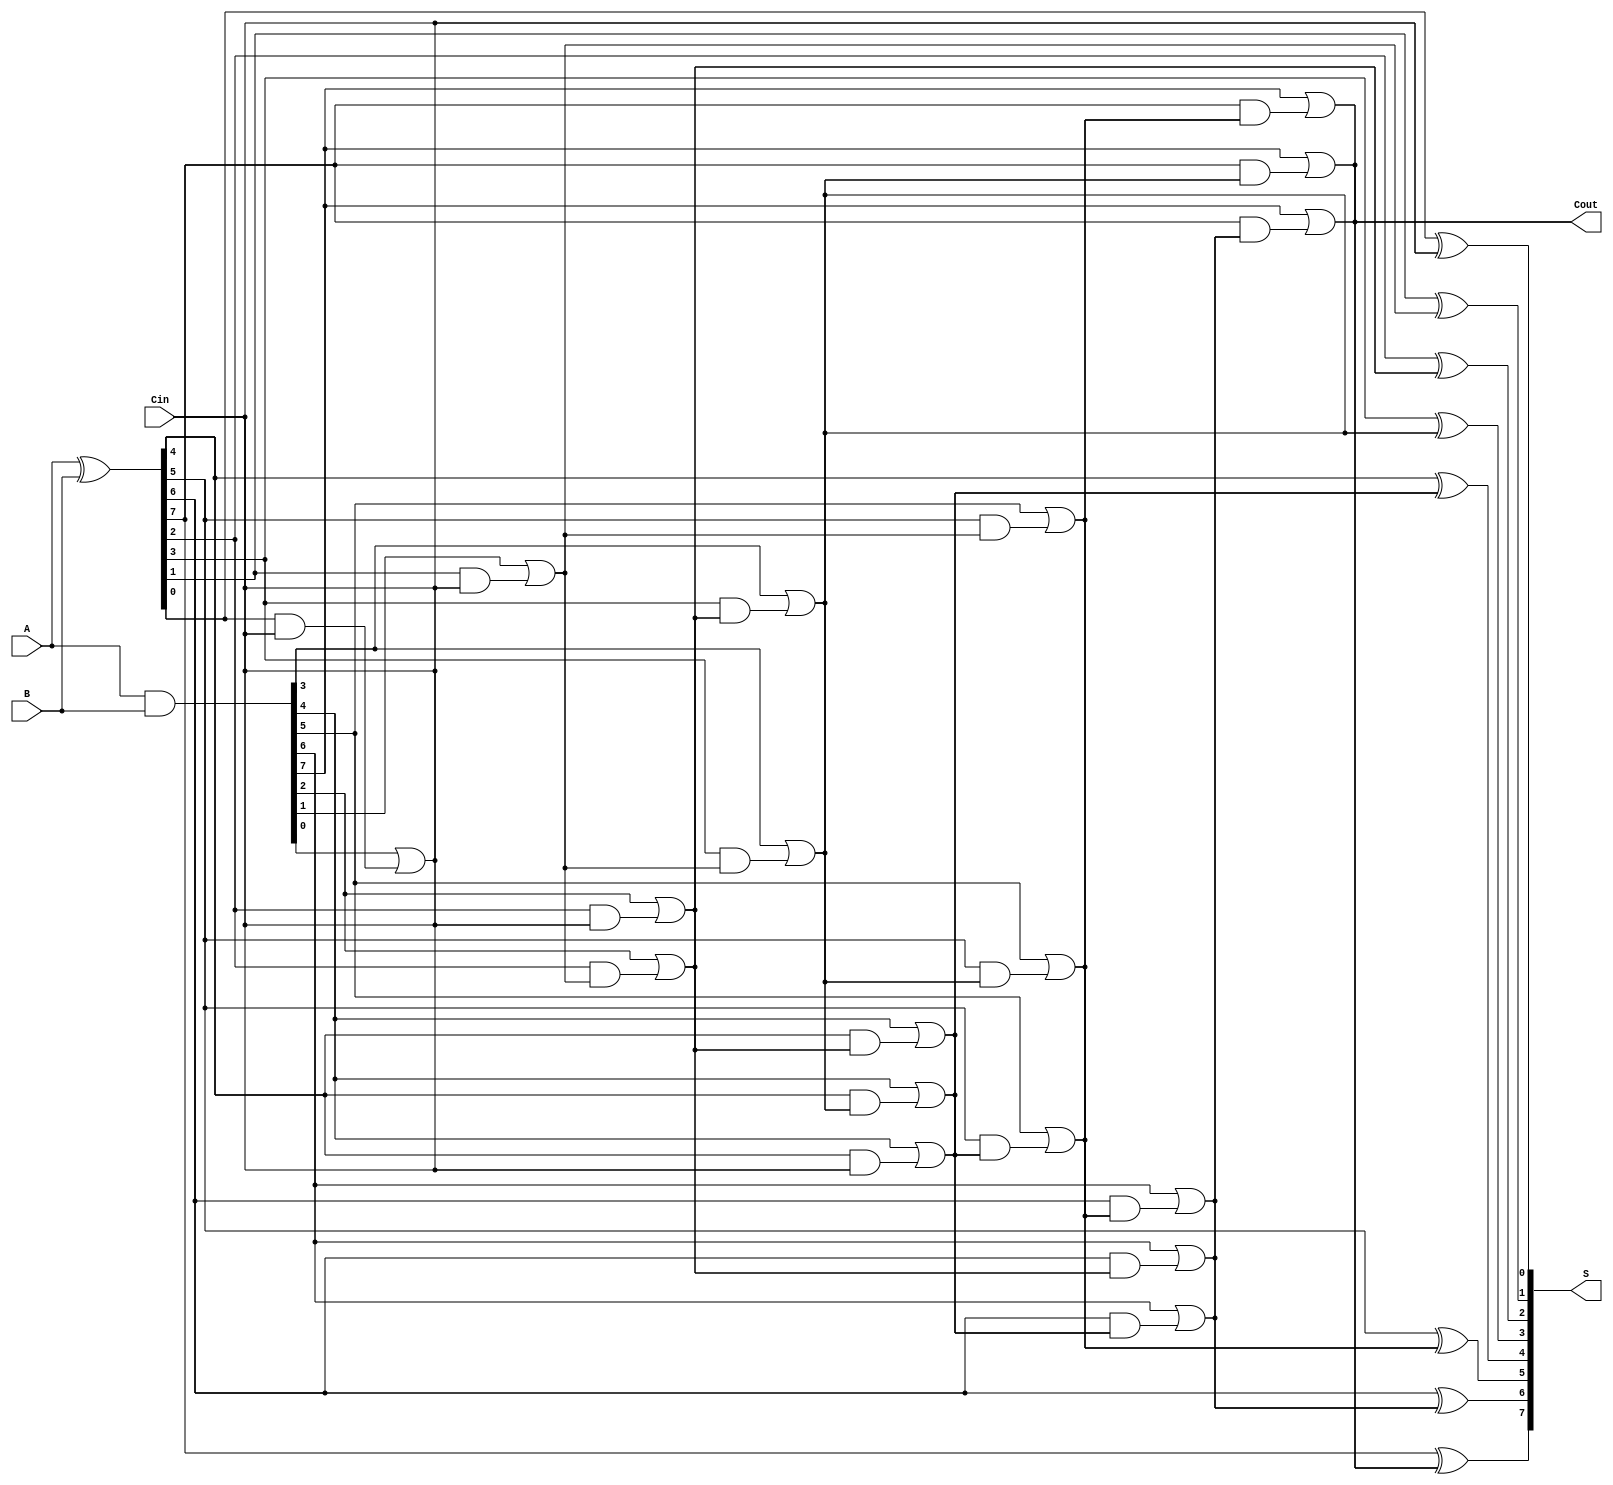
module KoggeStoneAdder #(parameter N = 8) (
    input [N-1:0] A,
    input [N-1:0] B,
    input Cin,
    output [N-1:0] S,
    output Cout
);

    // Generate and Propagate signals
    wire [N-1:0] G; // Generate
    wire [N-1:0] P; // Propagate
    wire [N:0] C;   // Carry

    // Generate and Propagate calculations
    assign G = A & B;
    assign P = A ^ B;

    // Carry initialization
    assign C[0] = Cin;

    // Kogge-Stone Carry Calculation
    genvar i, j, stage;
    generate
        for (stage = 0; stage < $clog2(N); stage = stage + 1) begin : carry_stage
            for (i = 0; i < N; i = i + 1) begin : carry_gen
                if (i >= (1 << stage)) begin
                    assign C[i] = G[i] | (P[i] & C[i - (1 << stage)]);
                end else if (stage == 0) begin
                    assign C[i] = G[i] | (P[i] & C[0]);
                end else begin
                    assign C[i] = C[i]; // carry remains unchanged
                end
            end
        end
    endgenerate

    // Sum Calculation
    generate
        for (i = 0; i < N; i = i + 1) begin : sum_calculation
            assign S[i] = P[i] ^ C[i];
        end
    endgenerate

    // Carry Out
    assign Cout = C[N-1];

endmodule